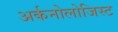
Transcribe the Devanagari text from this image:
अर्कनोलोजिस्ट